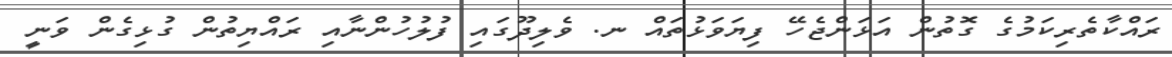
ރައްކާތެރިކަމުގެ ގޮތުން އަޅަންޖެހޭ ފިޔަވަޅުތައް ނ. ވެލިދޫގައި ފުލުހުންނާއި ރައްޔިތުން ގުޅިގެން ވަނީ